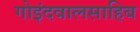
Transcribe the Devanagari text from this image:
गोइंदवालसाहिब